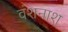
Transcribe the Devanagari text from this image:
वंशनाश